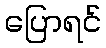
ပြောရင်